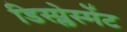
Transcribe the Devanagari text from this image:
डिस्प्लेस्मेंट